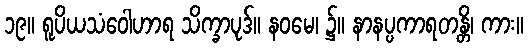
၁၉။ ရူပိယသံဝေါဟာရ သိက္ခာပုဒ်။ နဝမေ၊ ၌။ နာနပ္ပကာရတန္တိ၊ ကား။